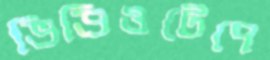
ভিডিওটেপে